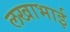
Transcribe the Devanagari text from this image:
लखाभाई